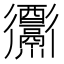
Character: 𨤅